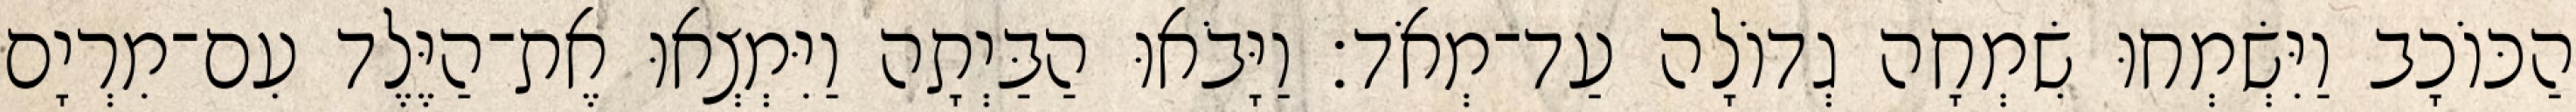
הַכּוֹכָב וַיִּשְׂמְחוּ שִׂמְחָה גְדוֹלָה עַד־מְאֹד׃ וַיָּבֹאוּ הַבַּיְתָה וַיִּמְצְאוּ אֶת־הַיֶּלֶד עִם־מִרְיָם